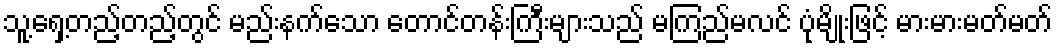
သူ့ရှေ့တည့်တည့်တွင် မည်းနက်သော တောင်တန်းကြီးများသည် မကြည်မလင် ပုံမျိုးဖြင့် မားမားမတ်မတ်